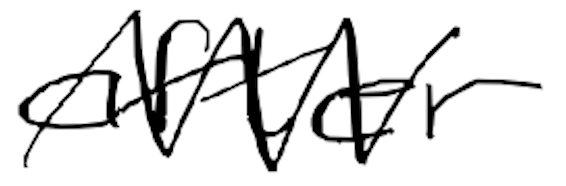
Text: after
Cross-out: zig-zag
Writing tool: digital_black